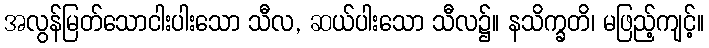
အလွန်မြတ်သောငါးပါးသော သီလ, ဆယ်ပါးသော သီလ၌။ နသိက္ခတိ၊ မဖြည့်ကျင့်။